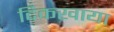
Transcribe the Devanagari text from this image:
दिकखाया